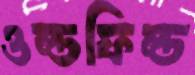
ওল্ডফিল্ড